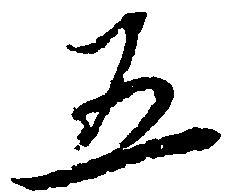
五